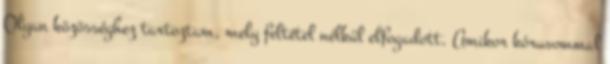
Olyan közösséghez tartoztam, mely feltétel nélkül elfogadott. Amikor kórusommal